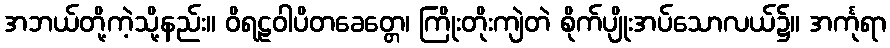
အဘယ်တို့ကဲ့သို့နည်း။ ဝိရဠဝါပိတခေတ္တေ၊ ကြိုးတိုးကျဲတဲ စိုက်ပျိုးအပ်သောလယ်၌။ အင်္ကုရာ